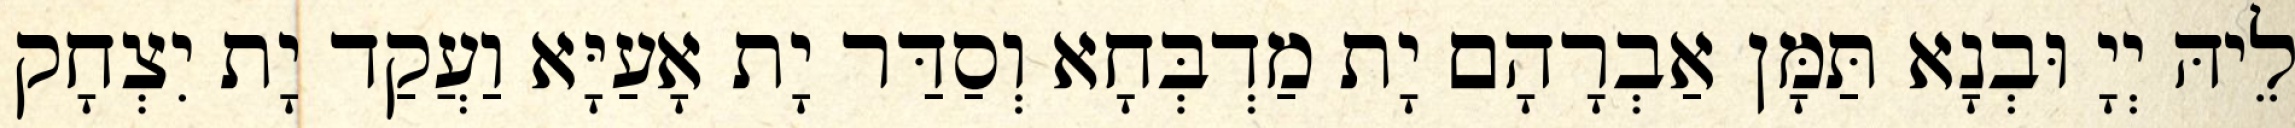
לֵיהּ יְיָ וּבְנָא תַּמָּן אַבְרָהָם יָת מַדְבְּחָא וְסַדַּר יָת אָעַיָּא וַעֲקַד יָת יִצְחָק